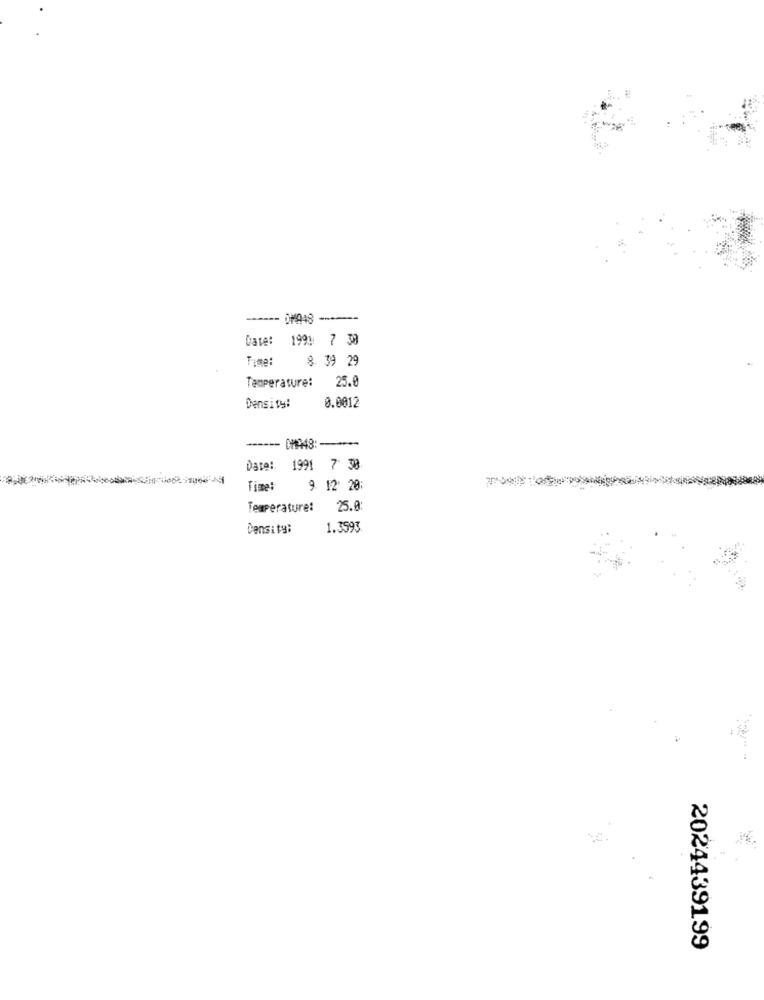
Date: 199: 7 38
Time:
8. 39 29
Temperature:
25.0
Density:
0.0012
Date: 1991 7 30
Time:
9 12: 20:
Temperature:
25.0:
Density:
1.3593
2024439199